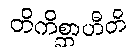
တိကိစ္ဆာဟီတိ